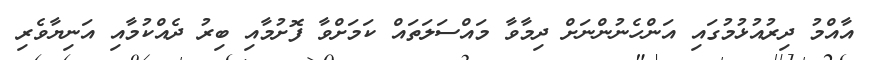
އާއްމު ދިރުއުޅުމުގައި އަންހެނުންނަށް ދިމާވާ މައްސަލަތައް ކަމަށްވާ ފޮށުމާއި ބިރު ދެއްކުމާއި އަނިޔާވެރި